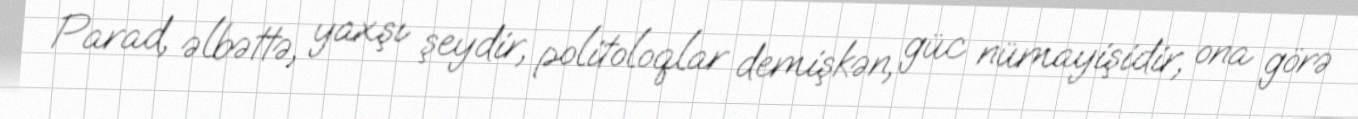
Parad, əlbəttə, yaxşı şeydir, politoloqlar demişkən, güc nümayişidir, ona görə